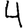
Digit: 4